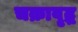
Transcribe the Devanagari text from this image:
चक्रावृद्ध